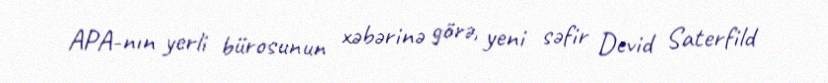
APA-nın yerli bürosunun xəbərinə görə, yeni səfir Devid Saterfild